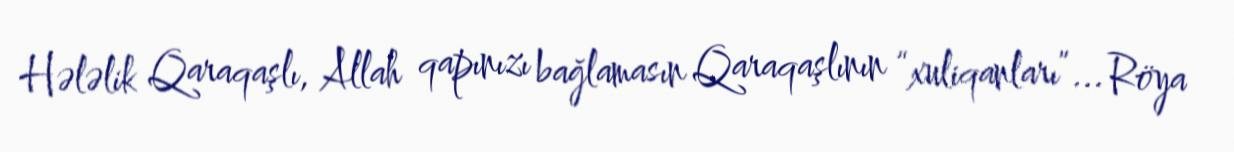
Hələlik Qaraqaşlı, Allah qapınızı bağlamasın Qaraqaşlının “xuliqanları”... Röya